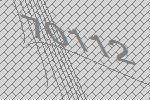
70112